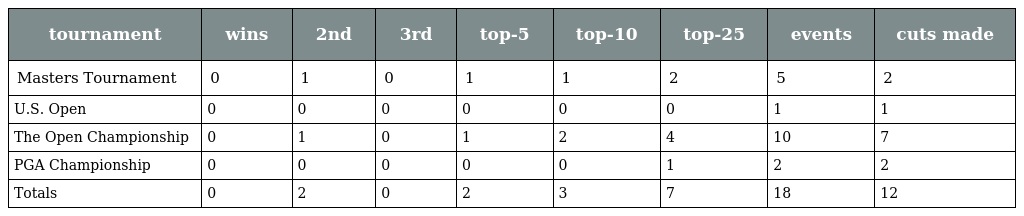
| tournament | wins | 2nd | 3rd | top-5 | top-10 | top-25 | events | cuts made |
 | --- | --- | --- | --- | --- | --- | --- | --- | --- |
 | Masters Tournament | 0 | 1 | 0 | 1 | 1 | 2 | 5 | 2 |
 | U.S. Open | 0 | 0 | 0 | 0 | 0 | 0 | 1 | 1 |
 | The Open Championship | 0 | 1 | 0 | 1 | 2 | 4 | 10 | 7 |
 | PGA Championship | 0 | 0 | 0 | 0 | 0 | 1 | 2 | 2 |
 | Totals | 0 | 2 | 0 | 2 | 3 | 7 | 18 | 12 |